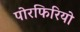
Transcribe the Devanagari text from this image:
पोरफिरियो